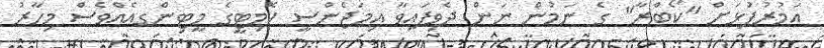
އަމުރުފުޅަށް "ކޯބްރާ" ގެ ނަމުން ނަން ދެވިފައިވާ އިމަޖެންސީ ކޮމިޓީގެ މީޓިންގއެއްވެސް މިހާރު